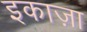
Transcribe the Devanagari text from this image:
इकाज़ा